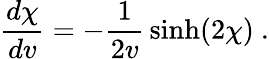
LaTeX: {\frac{d\chi}{dv}}=-{\frac{1}{2v}}\sinh(2\chi)\ .